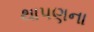
થાપણના